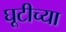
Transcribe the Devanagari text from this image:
घूटीच्या